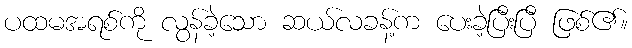
ပထမအရစ်ကို လွန်ခဲ့သော ဆယ်လခန့်က ပေးခဲ့ပြီးပြီ ဖြစ်၏။